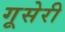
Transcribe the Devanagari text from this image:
गूसेरी